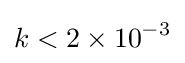
k<2\times 10^{-3}